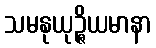
သမနုယုဉ္ဇိယမာနာ